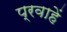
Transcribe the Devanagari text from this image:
प्रवाहें